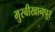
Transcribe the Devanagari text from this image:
मुस्वीखानपुर